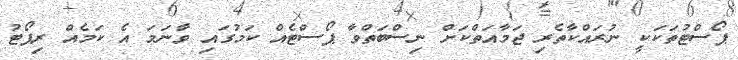
ޕޯސްޓުތަކަކީ ނުރައްކާތެރި ޖަމާއަތްކަށް ނިސްބަތްވާ ޕޯސްޓެއް ކަމުގައި ވާނަމަ އެ ކަމެއް ރިޕޯޓު